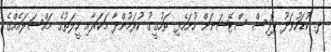
ދ. ކުޑަހުވަދޫ ޕޮލިސް ސްޓޭޝަނަށް ހުށަހެޅި ތަހުގީގު ކުރަމުންދާ މަކަރާއި ހީލަތުގެ މައްސަލައެއްގެ